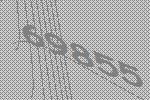
69855